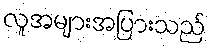
လူအများအပြားသည်